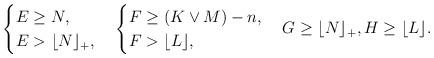
LaTeX: \begin{align*}\begin{cases}E\geq N,\\E>\lfloor N\rfloor_+,\end{cases}\begin{cases}F\geq(K\vee M)-n,\\F>\lfloor L\rfloor,\end{cases}G\geq\lfloor N\rfloor_+,H\geq\lfloor L\rfloor.\end{align*}